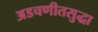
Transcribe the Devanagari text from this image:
अडचणीतसुद्धा